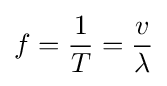
f={\frac {1}{T}}={\frac {v}{\lambda }}